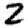
Digit: 2